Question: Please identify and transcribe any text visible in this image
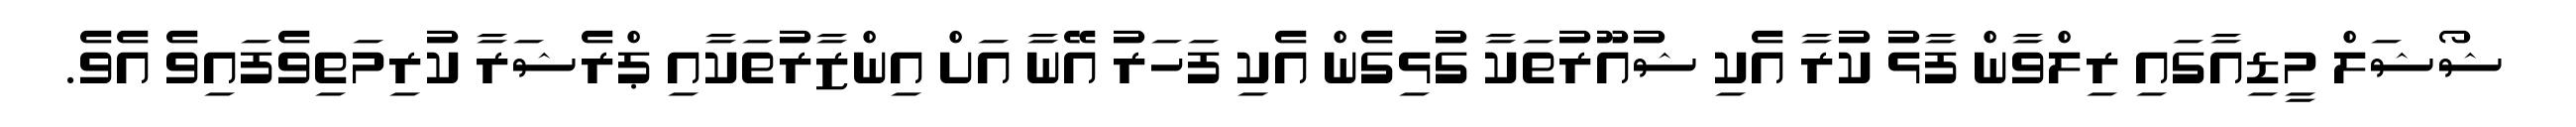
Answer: ޝޯޝަލް މީޑިއާގައި ރިލްވާން ފާޅު ކުރާ އެކި ޝުއޫރުތަކާ ގުޅިގެން އެކި ފަހަރު އޭނާ އަށް އިންޒާރުތަކާއި ޕްރެޝަރާ ކުރިމަތިވެފައިވެ އެވެ.